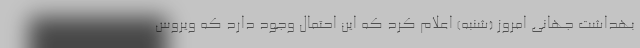
بهداشت جهانی امروز (شنبه) اعلام کرد که این احتمال وجود دارد که ویروس